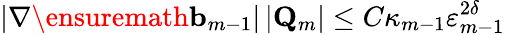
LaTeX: |\nabla\ensuremath{\mathbf{b}}_{m-1}|\, |\mathbf{Q}_{m}|\leq C\kappa_{m-1}\varepsilon_{m-1}^{2\delta}